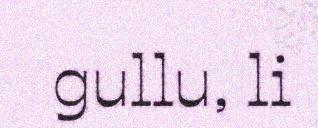
gullu, li